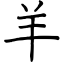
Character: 羊